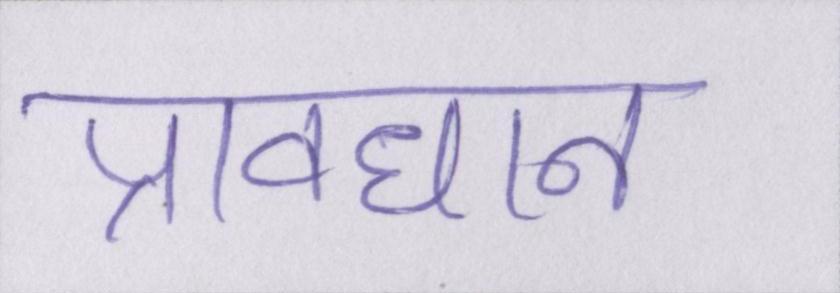
प्रावधान